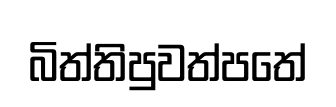
බිත්තිපුවත්පතේ